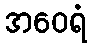
အဝေရံ